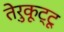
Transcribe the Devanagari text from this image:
तेरुकूट्टू